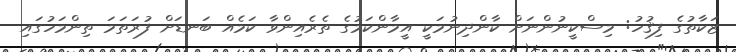
ޒަކާތުގެ ފިޤުހު: މިސްކީނުންނަށް ކާންދިނުމަކީ އީމާންކަމުގެ ތެރެއިންވާ ކަމެއް ބަނޑަށް ފުރަތަމަ ތިންމަހުގައި